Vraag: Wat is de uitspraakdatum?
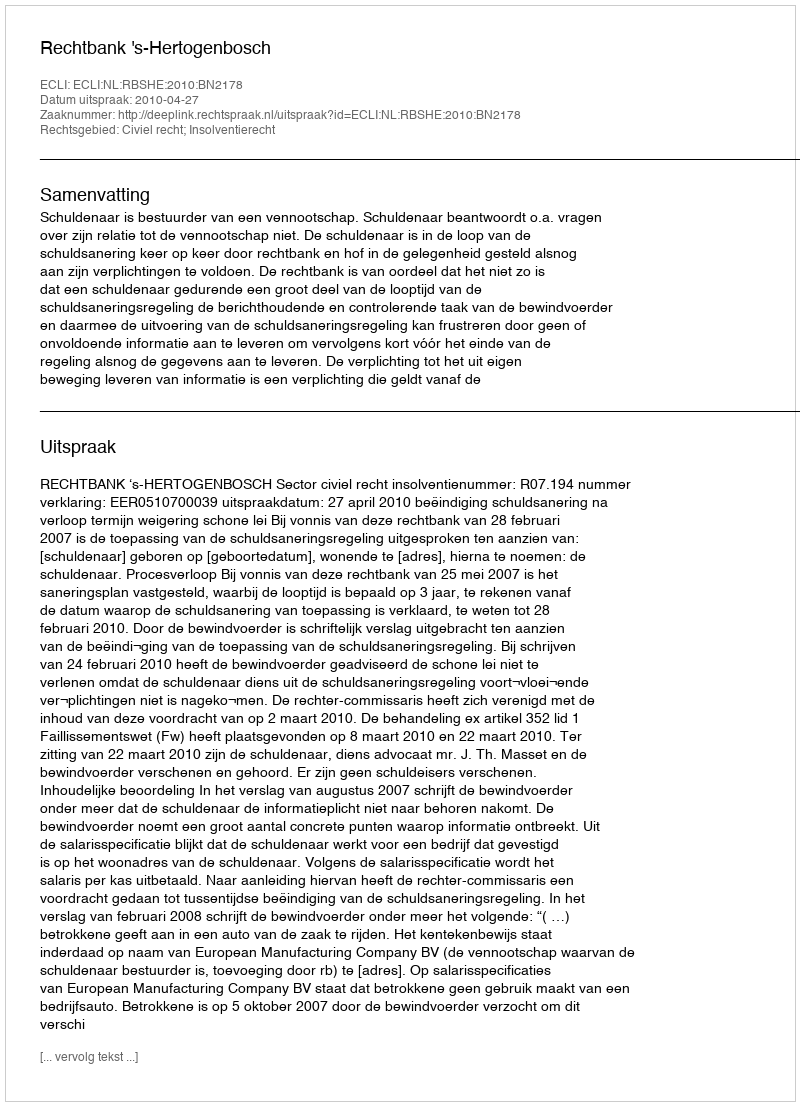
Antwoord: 2010-04-27